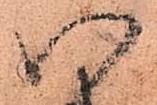
い